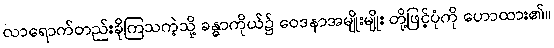
လာရောက်တည်းခိုကြသကဲ့သို့ ခန္ဓာကိုယ်၌ ဝေဒနာအမျိုးမျိုး တို့ဖြင့်ပုံကို ဟောထား၏။